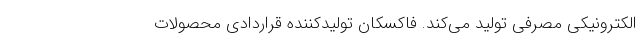
الکترونیکی مصرفی تولید می‌کند. فاکسکان تولیدکننده قراردادی محصولات